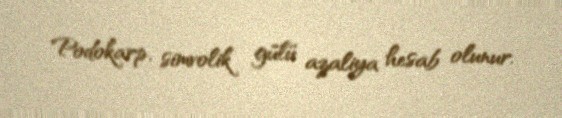
Podokarp, simvolik gülü azaliya hesab olunur.